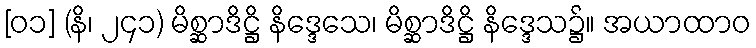
[၀၁] (နိ၊ ၂၄၁) မိစ္ဆာဒိဋ္ဌိ နိဒ္ဒေသေ၊ မိစ္ဆာဒိဋ္ဌိ နိဒ္ဒေသ၌။ အယာထာဝ